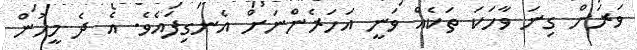
ވަރަށް ގިނަ ވާހަކަ ތަކެއް ވަނީ އަހަރެންނަށް އެނގިފައެވެ. އެ ދެ މީހުން